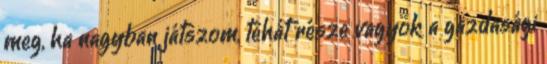
meg, ha nagyban játszom, tehát része vagyok a gazdasági